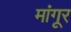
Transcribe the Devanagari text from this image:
मांगूर